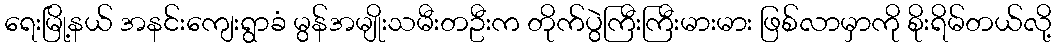
ရေးမြို့နယ် အနင်းကျေးရွာခံ မွန်အမျိုးသမီးတဦးက တိုက်ပွဲကြီးကြီးမားမား ဖြစ်လာမှာကို စိုးရိမ်တယ်လို့